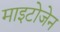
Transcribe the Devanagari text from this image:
माइटोजेन